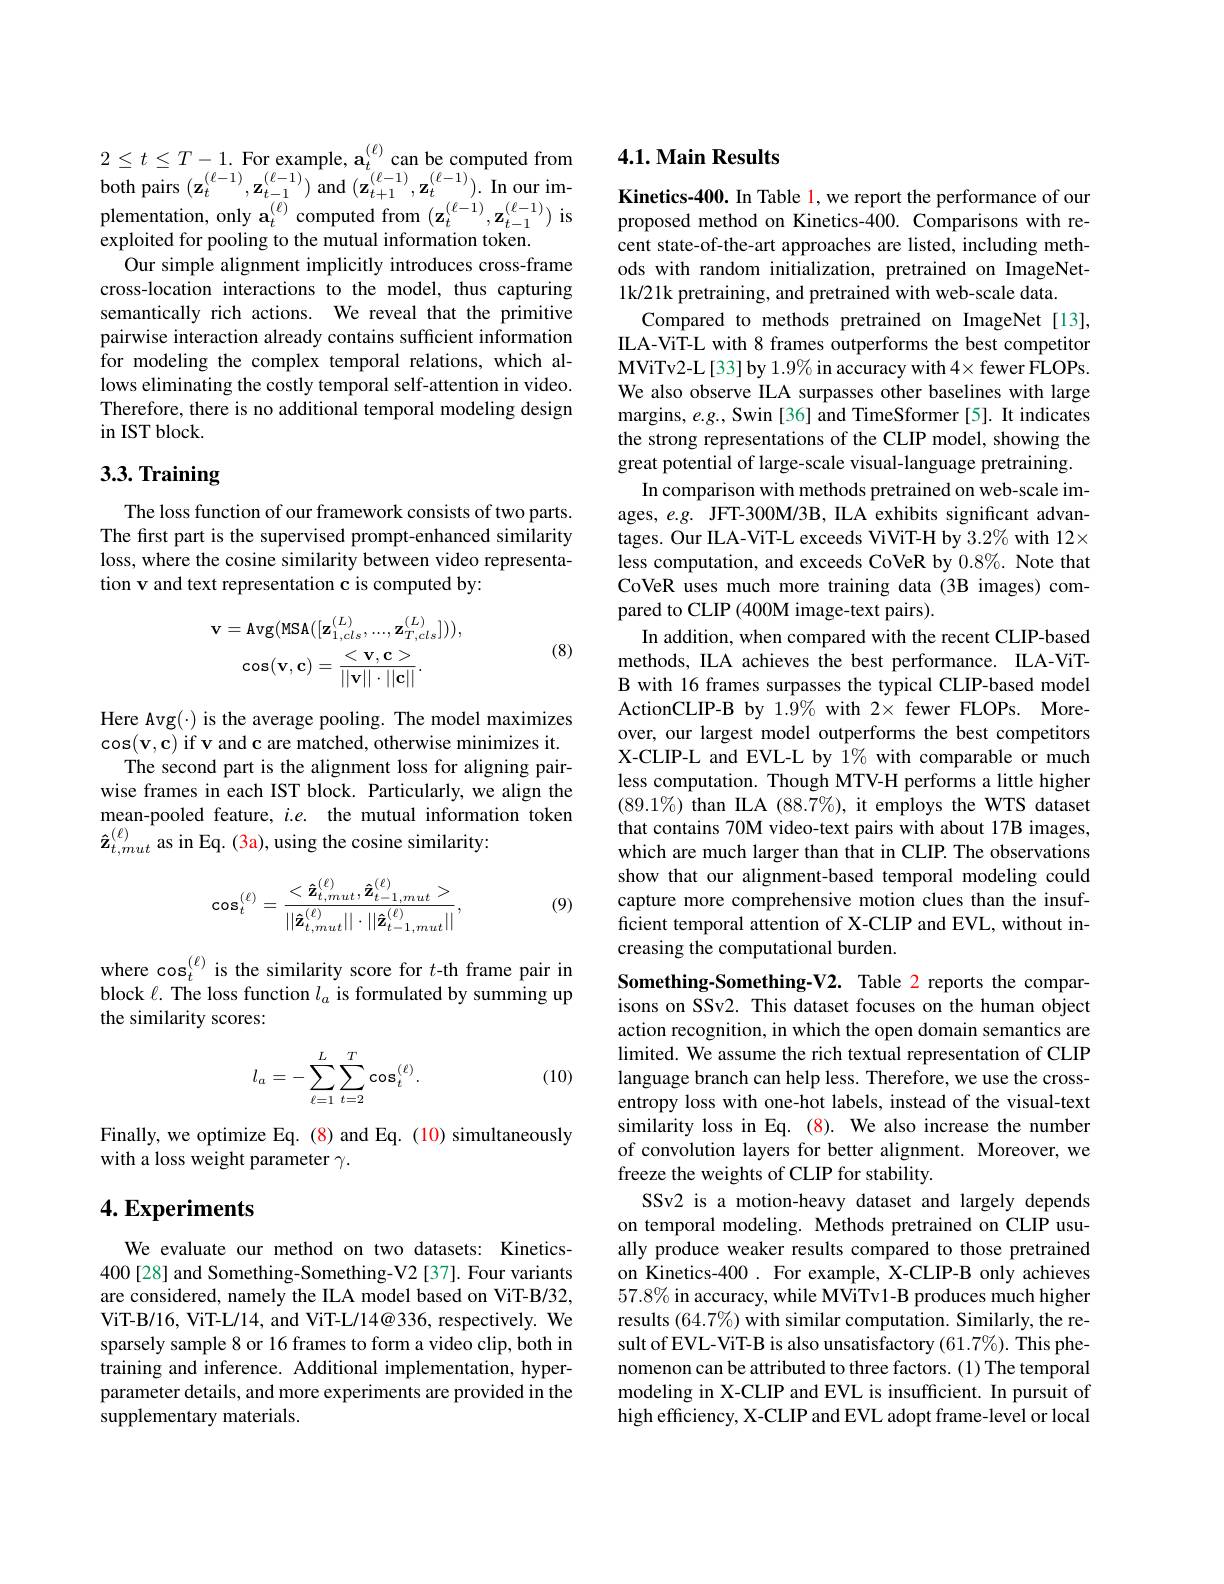
$2\leq t\leq T-1.$ For example, $\mathbf{a}_t^{(\ell)}$can be computed from $\begin{array}{l}{{\mathrm{L}}}{{\leq}^{\nu}{\leq}^{\nu}{\leq}^{1}{\mathrm{L}}}{{\leq}^{\nu}{\leq}}{(\mathbf{z}_{t}^{(\ell-1)},\mathbf{z}_{t-1}^{(\ell-1)}){\mathrm{~and~}}}(\mathbf{z}_{t+1}^{(\ell-1)},\mathbf{z}_{t}^{(\ell-1)}).&{\mathrm{In~our~im-}}\\\end{array}$ plementation, only $\mathbf{a}_{t}^{(\ell)}$ computed from $(\mathbf{z}_{t}^{(\ell-1)},\mathbf{z}_{t-1}^{(\ell-1)})$ is exploited for pooling to the mutual information token.
Our simple alignment implicitly introduces cross-frame cross-location interactions to the model, thus capturing semantically rich actions. We reveal that the primitive pairwise interaction already contains sufficient information for modeling the complex temporal relations, which allows eliminating the costly temporal self-attention in video. Therefore, there is no additional temporal modeling design $\operatorname{in}$ IST block.

# 3.3. Training

The loss function of our framework consists of two parts. The first part is the supervised prompt-enhanced similarity loss, where the cosine similarity between video representation v and text representation c is computed by:

(8)
$$\mathbf{v}=\mathrm{Avg}(\mathrm{MSA}([\mathbf{z}_{1,cls}^{(L)},...,\mathbf{z}_{T,cls}^{(L)}])),\\\cos(\mathbf{v},\mathbf{c})=\frac{<\mathbf{v},\mathbf{c}>}{||\mathbf{v}||\cdot||\mathbf{c}||}.$$
Here Avg(·) is the average pooling. The model maximizes $\cos(\mathbf{v},\mathbf{c})$ if v and c are matched, otherwise minimizes it.
The second part is the alignment loss for aligning pairwise frames in each IST block. Particularly, we align the $\begin{array}{l}\text{mean-pooled feature, }i.e.\:\text{the mutual information token}\\\hat{\mathbf{z}}_{t,mut}^{(\ell)}\text{as in Eq. (3a), using the cosine similarity:}\end{array}$
$$\cos_{t}^{(\ell)}=\frac{<\mathbf{\hat{z}}_{t,mut}^{(\ell)},\mathbf{\hat{z}}_{t-1,mut}^{(\ell)}>}{||\mathbf{\hat{z}}_{t,mut}^{(\ell)}||\cdot||\mathbf{\hat{z}}_{t-1,mut}^{(\ell)}||},$$
(9)

where cos$_t^{(\ell)}$ is the similarity score for $t$-th frame pair in block $\ell.$ The loss function $l_a$ is formulated by summing up the similarity scores:

(10)
$$l_a=-\sum_{\ell=1}^L\sum_{t=2}^T\cos_t^{(\ell)}.$$
Finally, we optimize Eq. (8) and Eq. (10) simultaneously
with a loss weight parameter $\gamma.$

## $4. \textbf{Experiments}$

We evaluate our method on two datasets: Kinetics- 400[28] and Something-Something-V2 [37]. Four variants are considered, namely the ILA model based on ViT-B/32, ViT-B/16, ViT-L/14, and ViT-L/14@ 336, respectively. We sparsely sample 8 or 16 frames to form a video clip, both in training and inference. Additional implementation, hyperparameter details, and more experiments are provided in the supplementary materials.

### 4.1. Main Results

Kinetics-400. In Table l, we report the performance of our proposed method on Kinetics-400. Comparisons with recent state-of-the-art approaches are listed, including methods with random initialization, pretrained on ImageNet- 1k/21k pretraining, and pretrained with web-scale data.
Compared to methods pretrained on ImageNet[13], ILA-ViT-L with 8 frames outperforms the best competitor MViTv2-L[33] by 1.9% in accuracy with 4× fewer FLOPs We also observe ILA surpasses other baselines with large margins, $e.g.$, Swin [36] and TimeSformer [5]. It indicates the strong representations of the CLIP model, showing the great potential of large-scale visual-language pretraining
In comparison with methods pretrained on web-scale images, $e.g.$ JFT-300M/3B, ILA exhibits significant advantages. Our ILA-ViT-L exceeds ViViT-H by 3.2% with 12× less computation, and exceeds CoVeR by 0.8%. Note that CoVeR uses much more training data (3B images) compared to CLIP (400M image-text pairs).
In addition, when compared with the recent CLIP-based methods, ILA achieves the best performance. ILA-ViTB with 16 frames surpasses the typical CLIP-based model ActionCLIP-B by 1.9% with 2× fewer FLOPs. Moreover, our largest model outperforms the best competitors X-CLIP-L and EVL-L by 1% with comparable or much less computation. Though MTV-H performs a little higher $(89.1\%)$ than ILA $(88.7\%)$, it employs the WTS dataset that contains 70M video-text pairs with about 17B images, which are much larger than that in CLIP. The observations show that our alignment-based temporal modeling could capture more comprehensive motion clues than the insufficient temporal attention of X-CLIP and EVL, without increasing the computational burden.
Something-Something-V2. Table 2 reports the compar-

isons on SSv2. This dataset focuses on the human object action recognition, in which the open domain semantics are limited. We assume the rich textual representation of CLIP language branch can help less. Therefore, we use the crossentropy loss with one-hot labels, instead of the visual-text similarity loss in Eq. (8). We also increase the number of convolution layers for better alignment. Moreover, we freeze the weights of CLIP for stability.
SSv2 is a motion-heavy dataset and largely depends on temporal modeling. Methods pretrained on CLIP usually produce weaker results compared to those pretrained on Kinetics-400. For example, X-CLIP-B only achieves $57.8\%$ in accuracy, while MViTv1-B produces much higher results $(64.7\%)$ with similar computation. Similarly, the result of EVL-ViT-B is also unsatisfactory $(61.7\%).$ This phenomenon can be attributed to three factors. (1) The temporal modeling in X-CLIP and EVL is insufficient. In pursuit of high efficiency, X-CLIP and EVL adopt frame-level or local